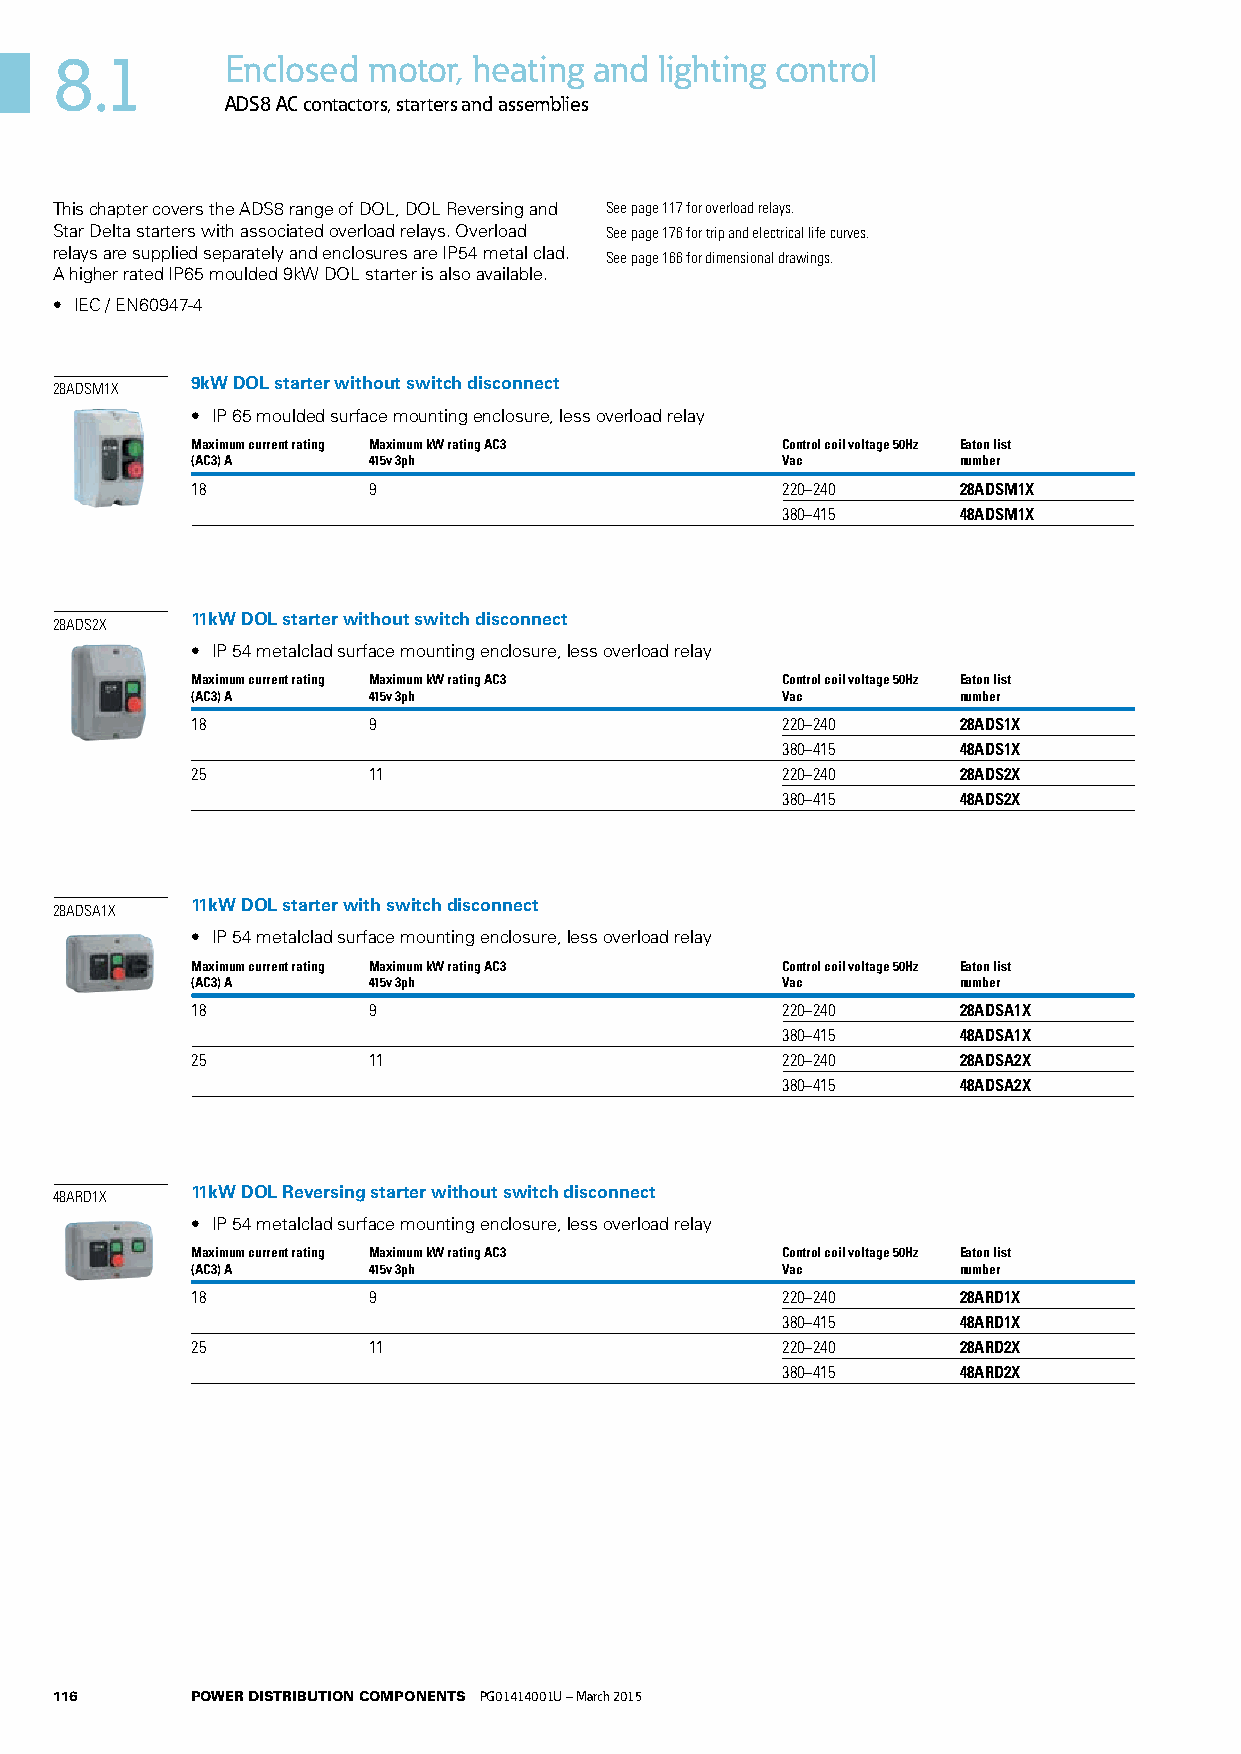
8.1        Enclosed motor, heating and  lighting control
 ADS8 AC contactors, starters and assemblies
 This chapter covers the ADS8 range of DOL, DOL Reversing and See page 117 for overload relays.
 Star Delta starters with associated overload relays. Overload See page 176 for trip and electrical life curves.
 relays are supplied separately and enclosures are IP54 metal clad. See page 166 for dimensional drawings.
 A higher rated IP65 moulded 9kW DOL starter is also available.
 • IEC / EN60947-4
 9kW DOL starter without switch disconnect
 28ADSM1X
 • IP 65 moulded surface mounting enclosure, less overload relay
 Maximum current rating Maximum kW rating AC3 Control coil voltage 50Hz Eaton list
 (AC3) A    415v 3ph                    Vac        number
 18         9                           220–240    28ADSM1X
 380–415    48ADSM1X
 11kW DOL starter without switch disconnect
 28ADS2X
 • IP 54 metalclad surface mounting enclosure, less overload relay
 Maximum current rating Maximum kW rating AC3 Control coil voltage 50Hz Eaton list
 (AC3) A    415v 3ph                    Vac        number
 18         9                           220–240    28ADS1X
 380–415    48ADS1X
 25         11                          220–240    28ADS2X
 380–415    48ADS2X
 11kW DOL starter with switch disconnect
 28ADSA1X
 • IP 54 metalclad surface mounting enclosure, less overload relay
 Maximum current rating Maximum kW rating AC3 Control coil voltage 50Hz Eaton list
 (AC3) A    415v 3ph                    Vac        number
 18         9                           220–240    28ADSA1X
 380–415    48ADSA1X
 25         11                          220–240    28ADSA2X
 380–415    48ADSA2X
 11kW DOL Reversing starter without switch disconnect
 48ARD1X
 • IP 54 metalclad surface mounting enclosure, less overload relay
 Maximum current rating Maximum kW rating AC3 Control coil voltage 50Hz Eaton list
 (AC3) A    415v 3ph                    Vac        number
 18         9                           220–240    28ARD1X
 380–415    48ARD1X
 25         11                          220–240    28ARD2X
 380–415    48ARD2X
 116      POWER DISTRIBUTION COMPONENTS PG01414001U – March 2015